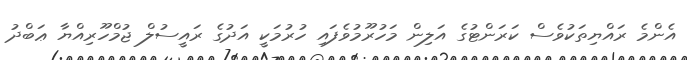
އެންމެ ރައްޔިތަކުވެސް ކަރަންޓުގެ އަލިން މަހުރޫމުވެފައި ހުރުމަކީ އަދުގެ ރައީސުލް ޖުމްހޫރިއްޔާ ޢަބްދު